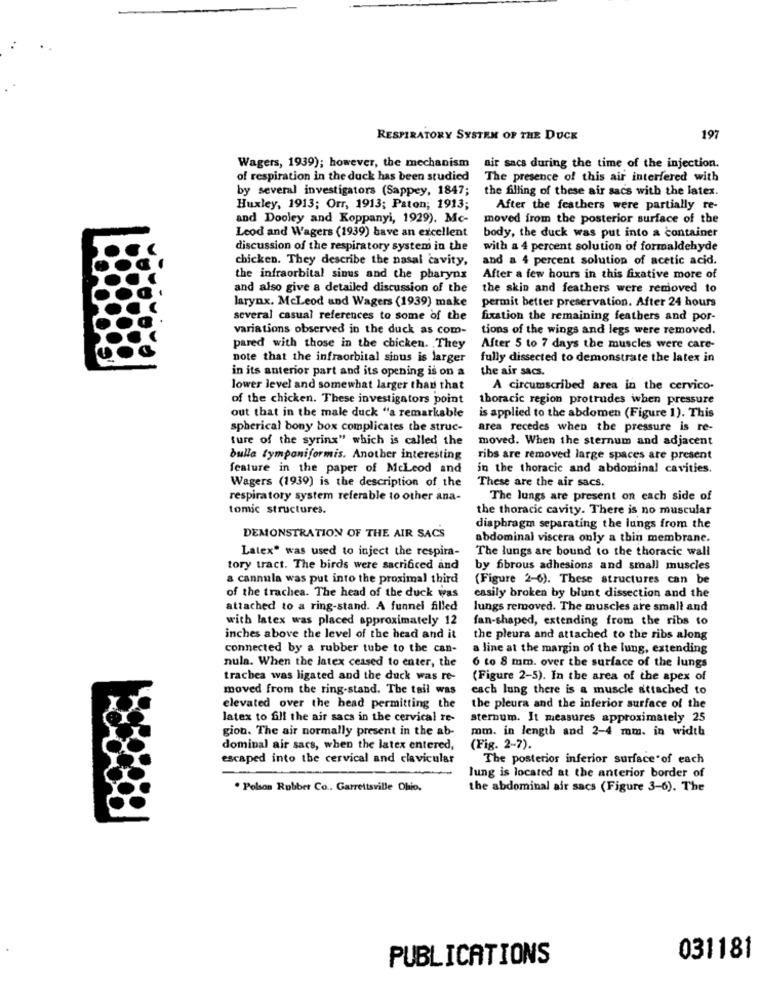
RESPIRATORY SYSTEM OF THE DUCK
197
Wagers, 1939); however, the mechanism
air sacs during the time of the injection.
of respiration in the duck has been studied
The presence of this air interfered with
by several investigators (Sappey, 1847;
the filling of these air sacs with the latex.
Huxley, 1913; Orr, 1913; Paton; 1913;
After the feathers were partially re-
and Dooley and Koppanyi, 1929). Mc-
moved from the posterior surface of the
Leod and Wagers (1939) have an excellent
body, the duck was put into a container
discussion of the respiratory system in the
with a 4 percent solution of formaldehyde
chicken. They describe the nasal cavity,
and a 4 percent solution of acetic acid.
the infraorbital sinus and the pharynx
After a few hours in this fixative more of
and also give a detailed discussion of the
the skin and feathers were removed to
permit better preservation. After 24 hours
larynx. McLeod and Wagers (1939) make
several casual references to some of the
fixation the remaining feathers and por-
variations observed in the duck as com-
tions of the wings and legs were removed.
pared with those in the chicken. They
After 5 to 7 days the muscles were care-
note that the infraorbital sinus is larger
fully dissected to demonstrate the latex in
in its anterior part and its opening is on a
the air sacs.
lower level and somewhat larger than that
A circumscribed area in the cervico-
of the chicken. These investigators point
thoracic region protrudes when pressure
out that in the male duck "a remarkable
is applied to the abdomen (Figure 1). This
spherical bony box complicates the struc-
area recedes when the pressure is re-
ture of the syrinx" which is called the
moved. When the sternum and adjacent
bulla tympaniformis. Another interesting
ribs are removed large spaces are present
feature in the paper of Mcleod and
in the thoracic and abdominal cavities.
These are the air sacs.
Wagers (1939) is the description of the
respiratory system referable to other ana-
The lungs are present on each side of
tomic structures.
the thoracic cavity. There is no muscular
diaphragm separating the lungs from the
DEMONSTRATION OF THE AIR SACS
abdominal viscera only a thin membrane.
Latex" was used to inject the respira-
The lungs are bound to the thoracic wall
tory tract. The birds were sacrificed and
by fibrous adhesions and smoall muscles
a cannula was put into the proximal third
(Figure 2-6). These structures can be
of the trachea. The head of the duck was
easily broken by blunt dissection and the
attached to a ring-stand. A funnel filled
lungs removed. The muscles are small and
with latex was placed approximately 12
fan-shaped, extending from the ribs to
inches above the level of the head and it
the pleura and attached to the ribs along
connected by a rubber tube to the can-
a line at the margin of the lung, extending
nula. When the latex ceased to enter, the
6 to 8 mm. over the surface of the lungs
trachea was ligated and the duck was re-
(Figure 2-5). In the area of the apex of
moved from the ring-stand. The tail was
cach lung there is a muscle attached to
elevated over the head permitting the
the pleura and the inferior surface of the
latex to fill the air sacs in the cervical re-
sternum. It measures approximately 25
gion. The air normally present in the ab-
mm. in length and 2-4 mm. in width
dominal air sacs, when the latex entered,
(Fig. 2-7).
escaped into the cervical and clavicular
The posterior inferior surface of each
lung is located at the anterior border of
. Polson Rubber Co .. Garrettsville Ohio.
the abdominal air sacs (Figure 3-6). The
031181
PUBLICATIONS